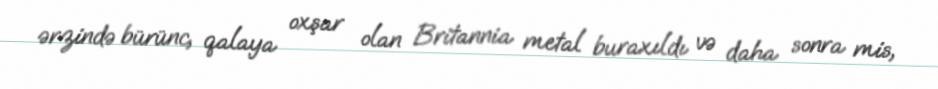
ərzində bürünc, qalaya oxşar olan Britannia metal buraxıldı və daha sonra mis,